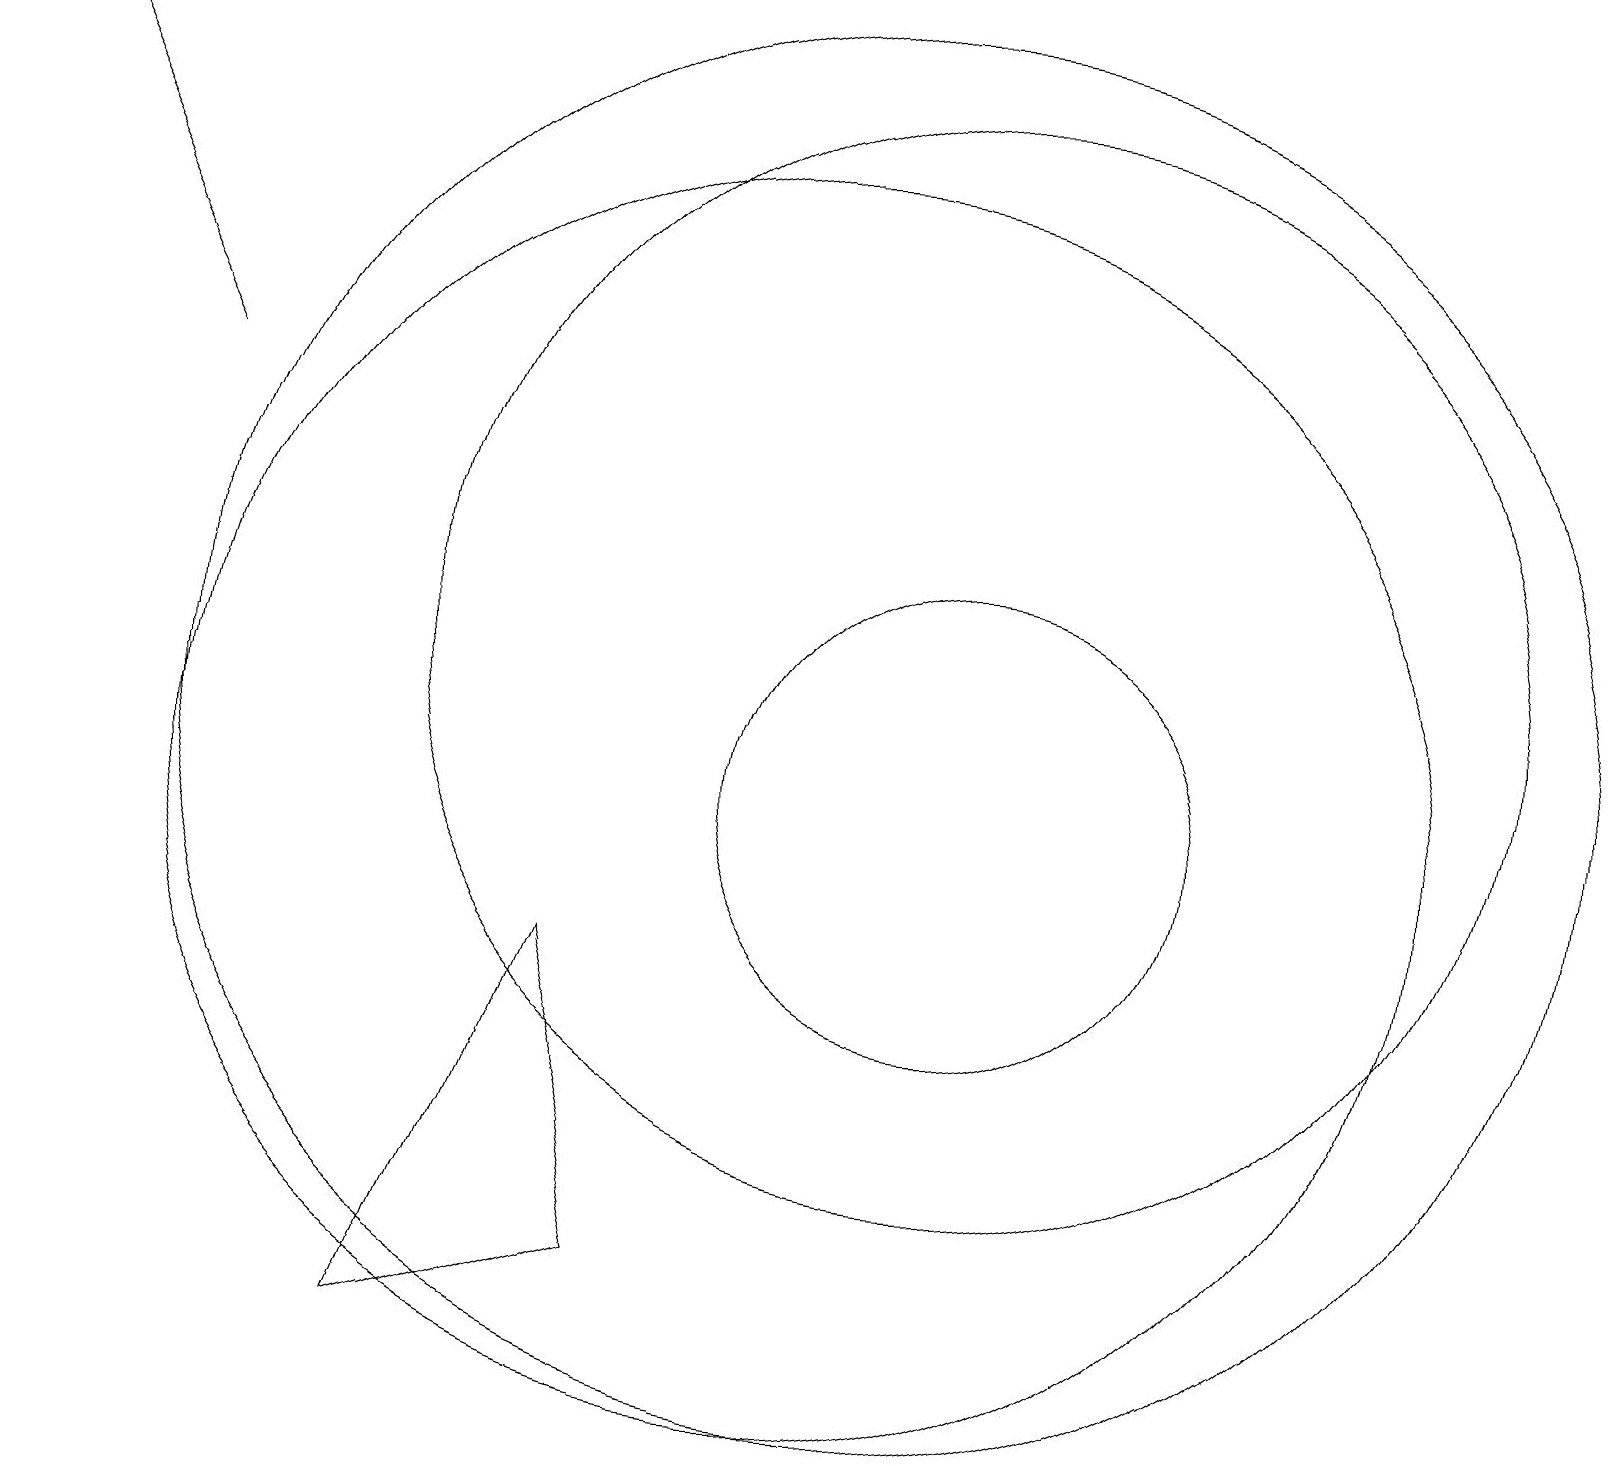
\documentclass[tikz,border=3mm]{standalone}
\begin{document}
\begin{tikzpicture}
\draw[->] (2,15) -- (0,19);
\draw (12,10) circle (3);
\draw (8,4) -- (5,3) -- (7,8) -- cycle;
\draw (11,11) circle (9);
\draw (12,12) circle (7);
\draw (10,10) circle (8);
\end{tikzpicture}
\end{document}